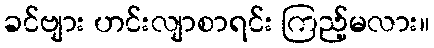
ခင်ဗျား ဟင်းလျာစာရင်း ကြည့်မလား။